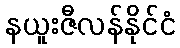
နယူးဇီလန်နိုင်ငံ